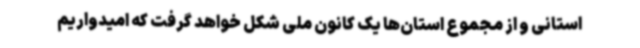
استانی و از مجموع استان‌ها یک کانون ملی شکل خواهد گرفت که امیدواریم